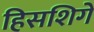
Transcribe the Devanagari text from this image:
हिसशिगे